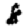
Digit: 8